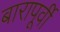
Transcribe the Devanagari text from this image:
बारापूर्वी